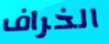
الخراف